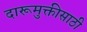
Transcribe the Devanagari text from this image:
दारूमुक्तीसाठी